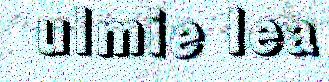
ulmie lea